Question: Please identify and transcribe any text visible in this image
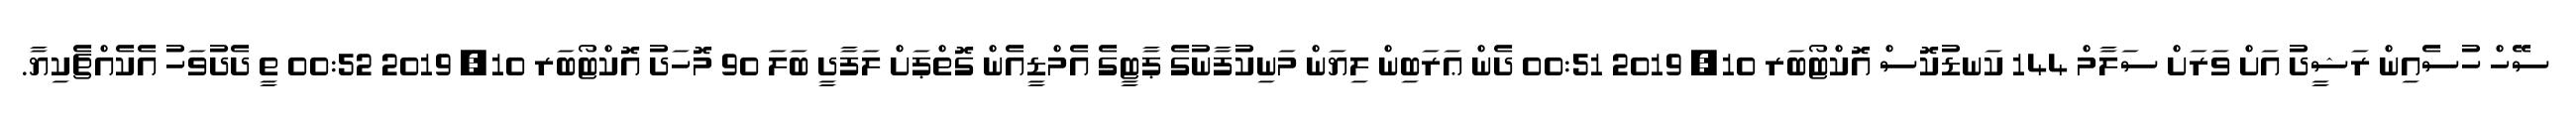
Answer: ސޭހް ހުސެއިން ރަޝީދު އަށް ވަރަށް ސަލާމް 144 ކަނޑުކޮސް އޮކްޓޯބަރ 10, 2019 00:51 ދެން ޢަރަބިން ލިޔަން މަނިކުފާނުގެ ޕާޓީގެ އެމްޑީއެން ގޮތްޕަށް ލަފާދީ ބަލަ 90 މޮހަދު އޮކްޓޯބަރ 10, 2019 00:52 ތީ ދެދުވަހު އެކެއްޗެކިޔާ.